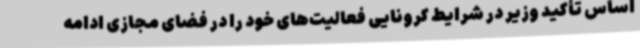
اساس تأکید وزیر در شرایط کرونایی فعالیت‌های خود را در فضای مجازی ادامه